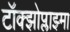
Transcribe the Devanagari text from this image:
टॉक्झोप्लाझ्मा